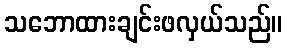
သဘောထားချင်းဖလှယ်သည်။